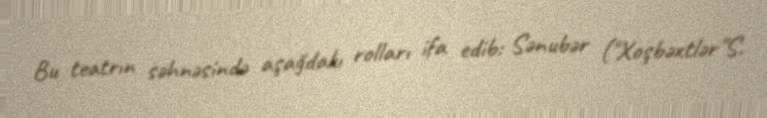
Bu teatrın səhnəsində aşağdakı rolları ifa edib: Sənubər ("Xoşbəxtlər"S.